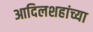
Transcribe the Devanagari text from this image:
आदिलशहांच्या